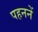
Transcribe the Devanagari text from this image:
पहननें